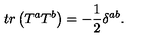
t r \left( T ^ { a } T ^ { b } \right) = - \frac 1 2 \delta ^ { a b } .